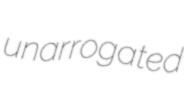
unarrogated